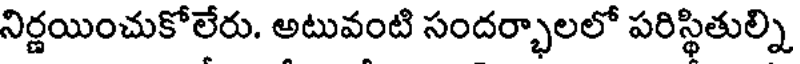
నిర్ణయించుకోలేరు. అటువంటి సందర్భాలలో పరిస్థితుల్ని